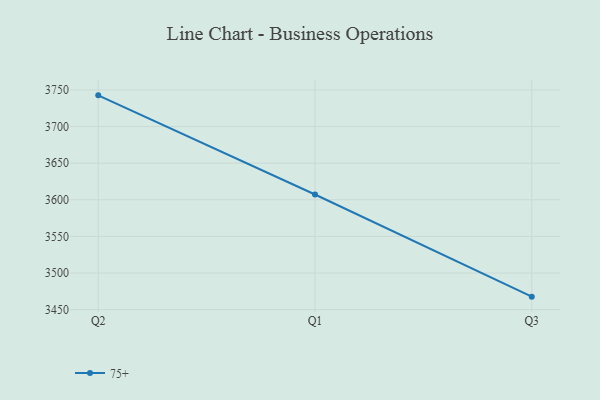
{"axis": {"x": "Quarter", "y": "Customer Acquisition Cost (USD)"}, "legend": ["75+"], "data": [{"x": "Q2", "y": 3742.6, "type": "75+"}, {"x": "Q1", "y": 3607.2, "type": "75+"}, {"x": "Q3", "y": 3467.7, "type": "75+"}]}